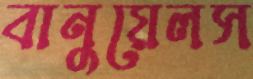
বানুয়েলস